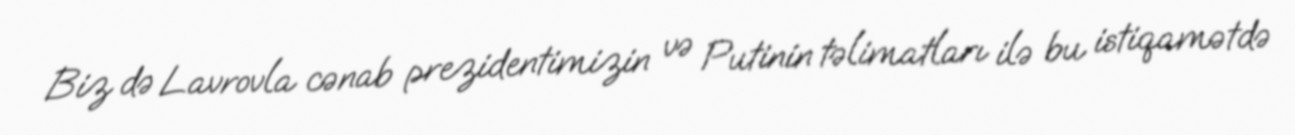
Biz də Lavrovla cənab prezidentimizin və Putinin təlimatları ilə bu istiqamətdə